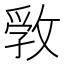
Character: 𢾢